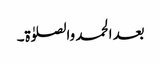
بعد الحمد والصلوٰۃ۔